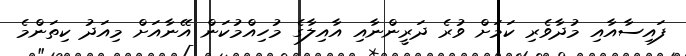
ފައިސާއާއި މުދާވެރި ކަމަށް ވުރެ ދަރީންނާއި އާއިލާގެ މުހިއްމުކަން އޭނާއަށް މިއަދު ކިތަންމެ